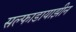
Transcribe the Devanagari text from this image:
सल्फाडायाझीन